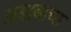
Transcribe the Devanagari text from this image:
अबाबाचा